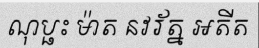
ណុប្ផះ ម៉ាត នវរ័ត្ន អតីត